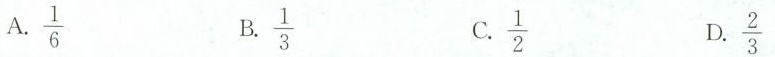
A.\frac{1}{6} B.\frac{1}{3} C.\frac{1}{2} D\frac{2}{3}